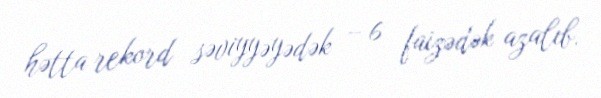
hətta rekord səviyyəyədək – 6 faizədək azalıb.